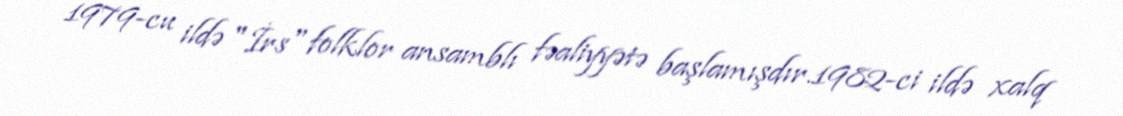
1979-cu ildə "İrs" folklor ansamblı fəaliyyətə başlamışdır.1982-ci ildə xalq